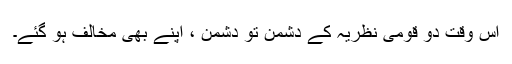
اس وقت دو قومی نظریہ کے دشمن تو دشمن ، اپنے بھی مخالف ہو گئے۔